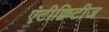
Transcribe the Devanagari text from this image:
एंटीक्विटीज